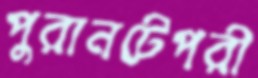
পুরানটেপরী